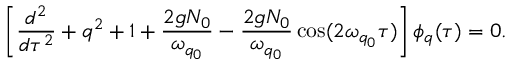
\left[ \frac { d ^ { 2 } } { d \tau ^ { 2 } } + q ^ { 2 } + 1 + \frac { 2 g N _ { 0 } } { \omega _ { q _ { 0 } } } - \frac { 2 g N _ { 0 } } { \omega _ { q _ { 0 } } } \cos ( 2 \omega _ { q _ { 0 } } \tau ) \right] \phi _ { q } ( \tau ) = 0 .